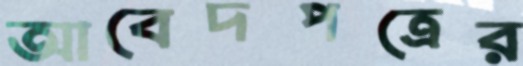
আবেদপত্রের